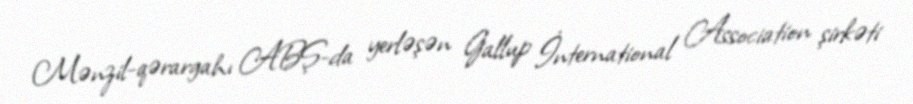
Mənzil-qərargahı ABŞ-da yerləşən Gallup İnternational Association şirkəti